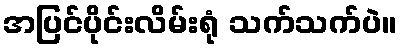
အပြင်ပိုင်းလိမ်းရုံ သက်သက်ပဲ။